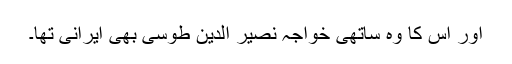
اور اس کا وہ ساتھی خواجہ نصیر الدین طوسی بھی ایرانی تھا۔